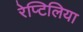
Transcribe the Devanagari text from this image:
रेप्टिलिया